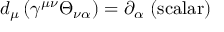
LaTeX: d _ { \mu } \left( \gamma ^ { \mu \nu } \Theta _ { \nu \alpha } \right) = \partial _ { \alpha } \mathrm { ~ ( s c a l a r ) }